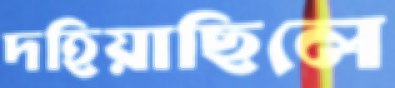
দহিয়াছিলে